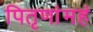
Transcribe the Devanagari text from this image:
पितृणांमहं